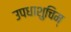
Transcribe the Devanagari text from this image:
उपधाशुचिम्